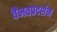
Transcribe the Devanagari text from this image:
वैभवप्रदर्शन